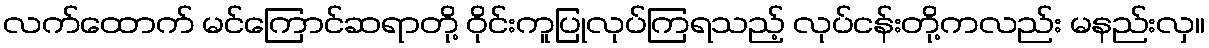
လက်ထောက် မင်ကြောင်ဆရာတို့ ဝိုင်းကူပြုလုပ်ကြရသည့် လုပ်ငန်းတို့ကလည်း မနည်းလှ။